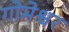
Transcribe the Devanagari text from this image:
गोमेश्वर